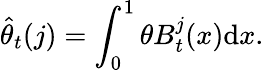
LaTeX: \widehat{\theta}_{t}(j)=\int_{0}^{1}\theta B_{t}^{j}(x){\mathrm{d}}x.